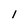
Character: l